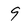
Character: 9